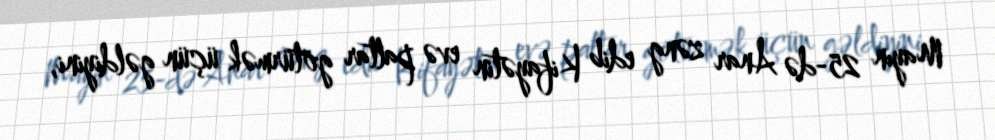
Mayın 25-də Anar zəng edib Kifayətin evə paltar götürmək üçün gəldiyini,